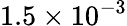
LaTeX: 1.5\times 10^{-3}